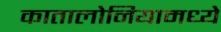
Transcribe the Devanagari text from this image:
कातालोनियामध्ये